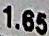
1.65